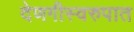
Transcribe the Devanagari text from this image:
देणगीस्वरुपात